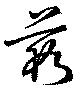
藪